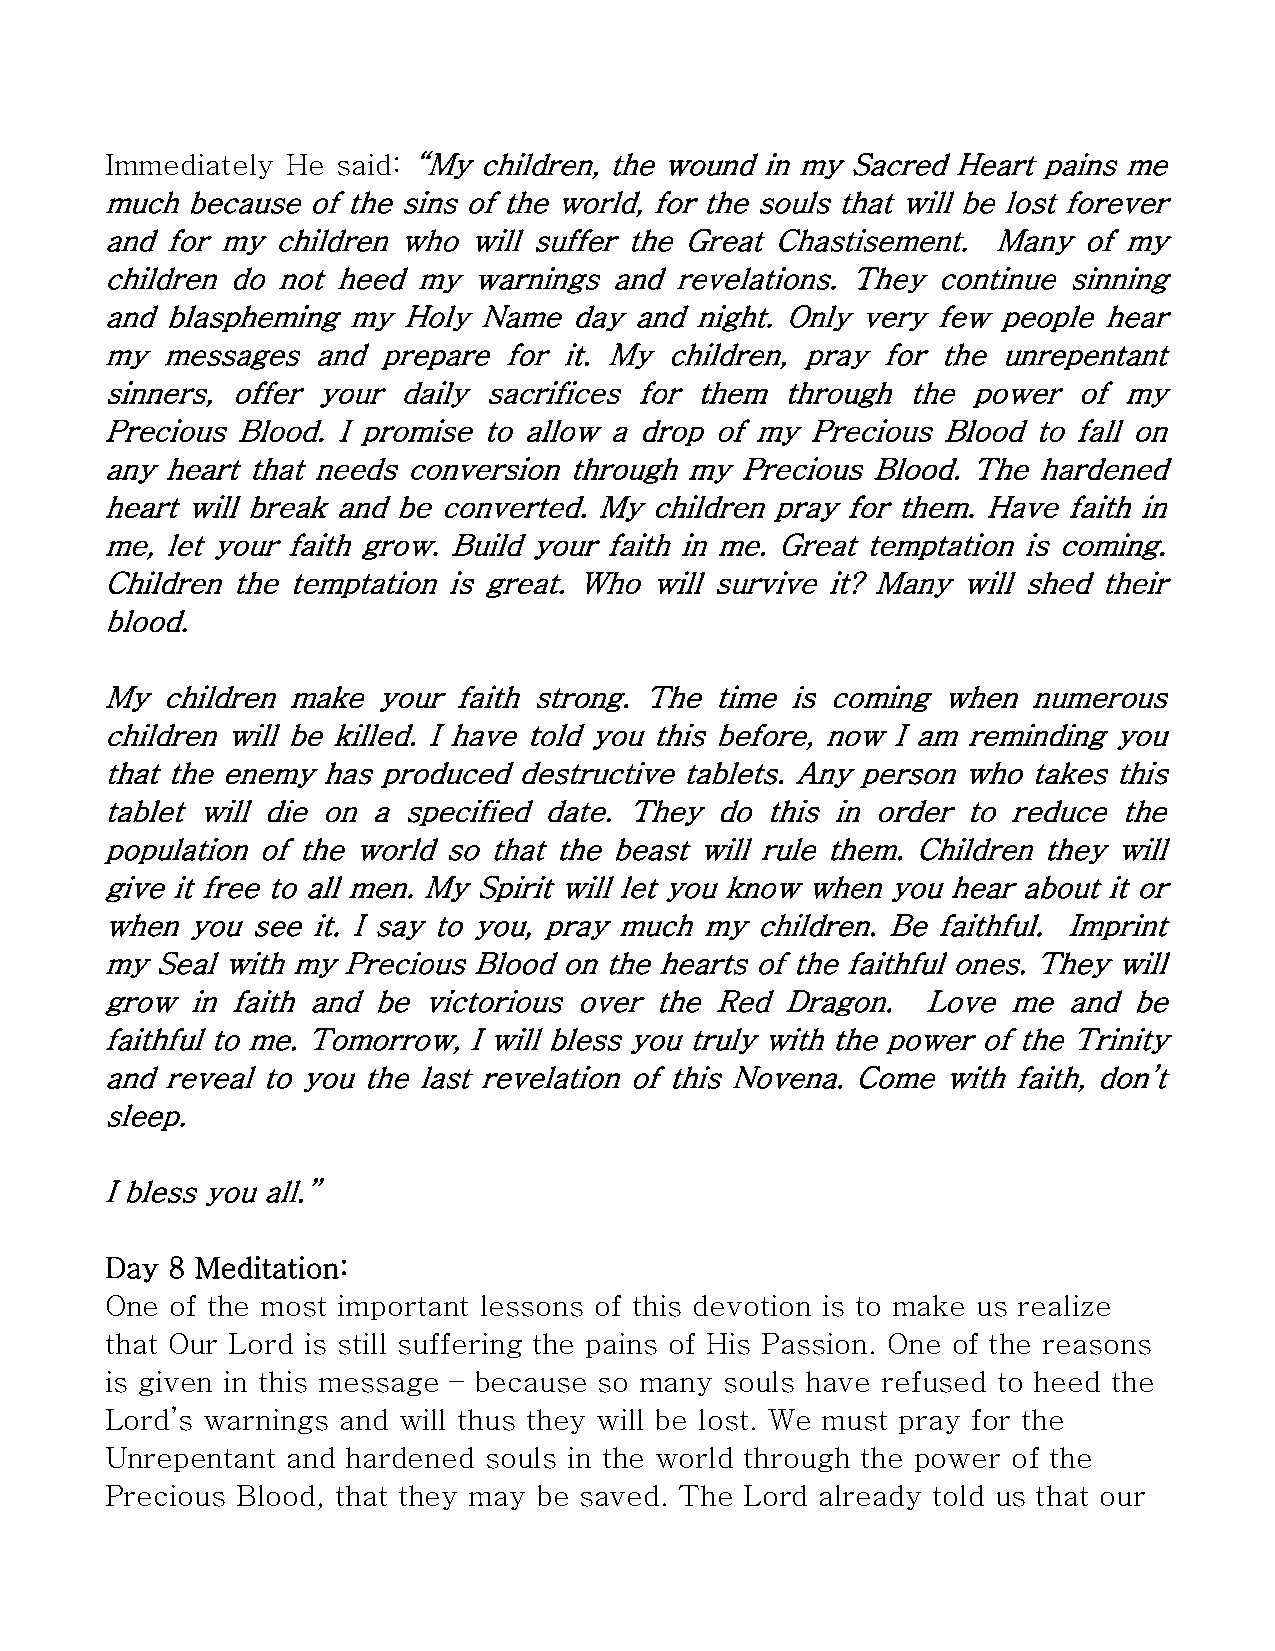
Immediately He said: “My children, the wound in my Sacred Heart pains me
 much because of the sins of the world, for the souls that will be lost forever
 and for my children who will suffer the Great Chastisement. Many of my
 children do not heed my warnings and  revelations. They continue sinning
 and blaspheming my  Holy Name  day and night. Only very few people hear
 my  messages  and prepare for it. My children, pray for the unrepentant
 sinners, offer your daily sacrifices for them through the power of my
 Precious Blood. I promise to allow a drop of my Precious Blood to fall on
 any heart that needs conversion through my Precious Blood. The hardened
 heart will break and be converted. My children pray for them. Have faith in
 me, let your faith grow. Build your faith in me. Great temptation is coming.
 Children the temptation is great. Who will survive it? Many will shed their
 blood.
 My  children make your faith strong. The time is coming when numerous
 children will be killed. I have told you this before, now I am reminding you
 that the enemy has produced destructive tablets. Any person who takes this
 tablet will die on a specified date. They do this in order to reduce the
 population of the world so that the beast will rule them. Children they will
 give it free to all men. My Spirit will let you know when you hear about it or
 when you  see it. I say to you, pray much my children. Be faithful. Imprint
 my Seal with my Precious Blood on the hearts of the faithful ones. They will
 grow  in faith and be victorious over the Red Dragon. Love  me  and be
 faithful to me. Tomorrow, I will bless you truly with the power of the Trinity
 and reveal to you the last revelation of this Novena. Come with faith, don’t
 sleep.
 I bless you all.”
 Day 8 Meditation:
 One of the most important lessons of this devotion is to make us realize
 that Our Lord is still suffering the pains of His Passion. One of the reasons
 is given in this message – because so many souls have refused to heed the
 Lord’s warnings and will thus they will be lost. We must pray for the
 Unrepentant and hardened souls in the world through the power of the
 Precious Blood, that they may be saved. The Lord already told us that our